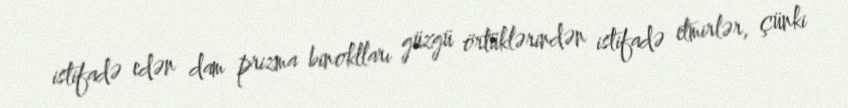
istifadə edən dam prizma binoklları güzgü örtüklərindən istifadə etmirlər, çünki